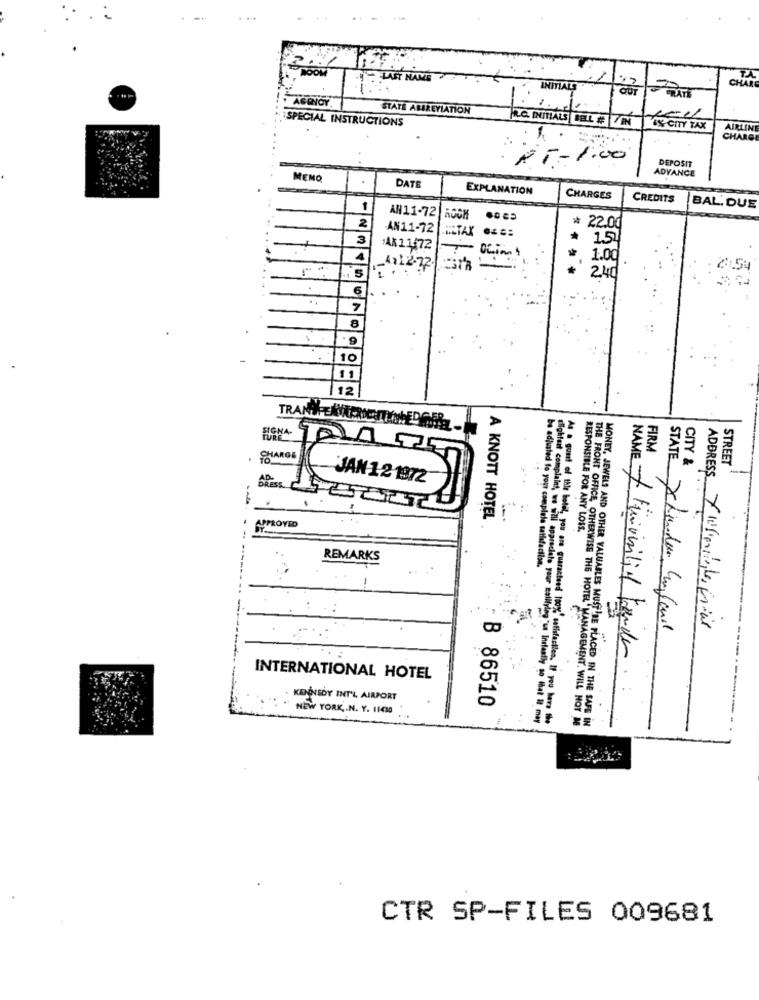
BOOM
LAST NAME
CHAR
INITIALS
AGENCY
RATE
STATE ABBREVIATION
SPECIAL INSTRUCTIONS
R.C. INITIALS BELL # 7IN
6%-CITY TAX
AIRLIN
CHARGE
.
AT-1.00
DEPOSIT
MEMO
ADVANCE
DATE
EXPLANATION
CHARGES
CREDITS
AN11-72
BAL. DUE
2
AN11-72
ELTAX
* 22.00
3
* 15
AK 1.1,72
4
1.00
4112.72
ira
S
2.40
6
8
·9
10
11
12
FIONA
CHARGE
STATE
CITY &
STREET
JAN 121972
A KNOTT HOTEL
APPROVED
RESPONSIBLE FOR ANY LOSS.
REMARKS
----
be adjusted to your complete satisfaction."
THE FRONT OFFICE, OTHERWISE THE HOTEL MANA
ADDRESS YWereable freut
NAME + Finionsitio Fazenda
INTERNATIONAL HOTEL
KENNEDY INT'L AIRPORT
B 86510
NEW YORK ,. N. Y. 11430
lightest complaint, we will appreciate your mailying in Instantly to that i may
"MANAGEMENT. WILL NOT BE
MONEY, JEWELS AND OTHER VALUABLES MUST!BE PLACED IN THE SAFE IN
CTR SP-FILES 009681